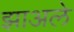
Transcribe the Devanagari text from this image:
झाअले